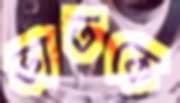
ভাতকে